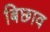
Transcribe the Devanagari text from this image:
बिछाव